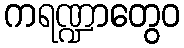
ကရဏ္ဍာတွေဝ